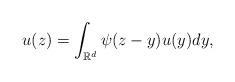
LaTeX: \begin{align*}u(z) = \int_{\mathbb R^d} \psi(z-y) u(y) dy,\end{align*}